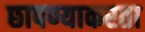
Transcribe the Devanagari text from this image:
छापण्याकरता